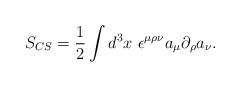
LaTeX: \begin{align*}S_{CS} = \frac{1}{2} \int d^3 x~ \epsilon^{\mu \rho\nu} a_\mu \partial_\rho a_\nu.\end{align*}